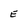
Character: E